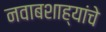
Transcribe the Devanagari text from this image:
नवाबशाह्यांचे